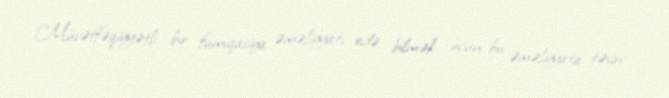
Müvəffəqiyyətli bir fumiqasiya əməliyyatı edə bilmək üçün bu əməliyyata təsiri